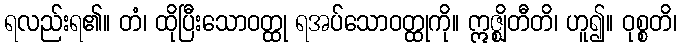
ရလည်းရ၏။ တံ၊ ထိုပြီးသောဝတ္ထု ရအပ်သောဝတ္ထုကို။ ဣဇ္ဈိတီတိ၊ ဟူ၍။ ဝုစ္စတိ၊